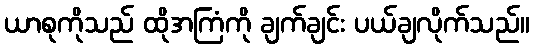
ယာစုကိုသည် ထိုအကြံကို ချက်ချင်း ပယ်ချလိုက်သည်။